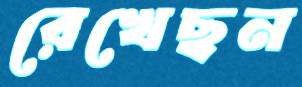
রেখেছন